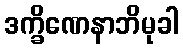
ဒက္ခိဏေနာဘိမုခါ